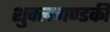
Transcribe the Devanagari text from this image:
शुक्लगण्डकी